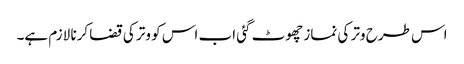
اس طرح وتر کی نماز چھوٹ گئی اب اس کو وتر کی قضا کرنا لازم ہے۔